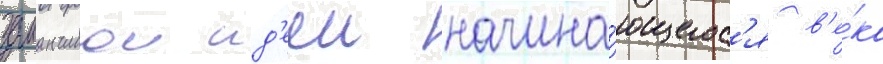
заманчивои ид'ееи начина́ющегос'я в'е́ка